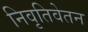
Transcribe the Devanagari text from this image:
निवृतिवेतन